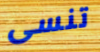
تنسى